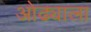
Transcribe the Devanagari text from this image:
ओढ्याला